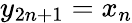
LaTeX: y_{2n+1}=x_{n}